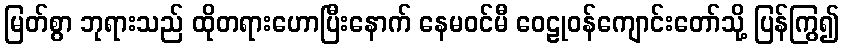
မြတ်စွာ ဘုရားသည် ထိုတရားဟောပြီးနောက် နေမဝင်မီ ဝေဠုဝန်ကျောင်းတော်သို့ ပြန်ကြွ၍